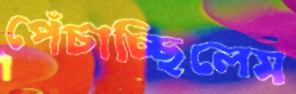
পেঁচাচ্ছিলেম